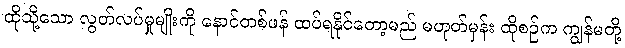
ထိုသို့သော လွတ်လပ်မှုမျိုးကို နောင်တစ်ဖန် ထပ်ရနိုင်တော့မည် မဟုတ်မှန်း ထိုစဉ်က ကျွန်မတို့